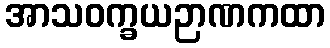
အာသဝက္ခယဉာဏကထာ